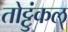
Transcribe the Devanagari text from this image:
तोट्टुंकल